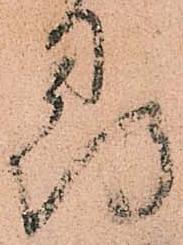
尋